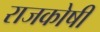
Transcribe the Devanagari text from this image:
राजकोषी